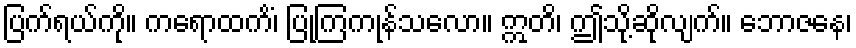
ပြက်ရယ်ကို။ ကရောထကိံ၊ ပြုကြကုန်သလော။ ဣတိ၊ ဤသို့ဆိုလျက်။ ဘောဇနေ၊